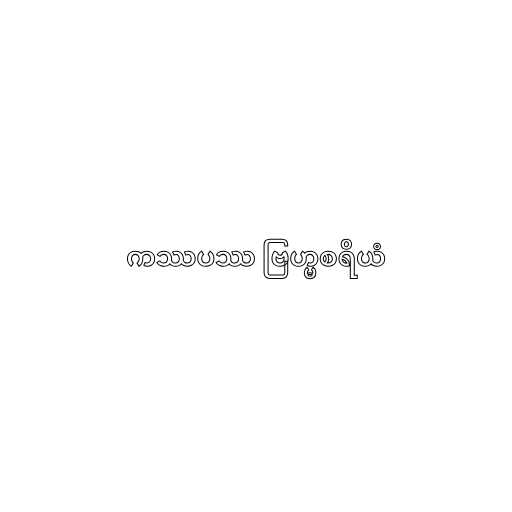
ကဿပဿ ဗြဟ္မစရိယံ